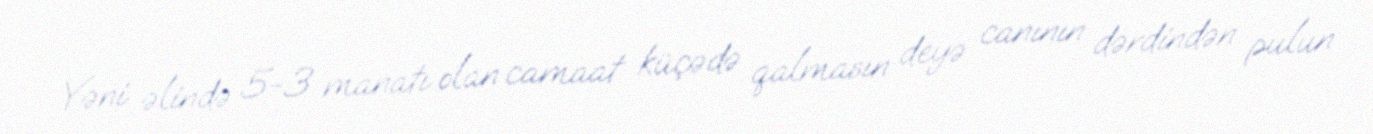
Yəni əlində 5-3 manatı olan camaat küçədə qalmasın deyə canının dərdindən pulun